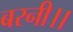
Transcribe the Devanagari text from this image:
बरनी।।